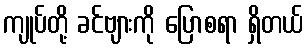
ကျုပ်တို့ ခင်ဗျားကို ပြောစရာ ရှိတယ်